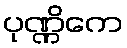
ပုဏ္ဏိကေ